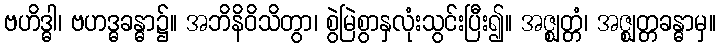
ဗဟိဒ္ဓါ၊ ဗဟဒ္ဓခန္ဓာ၌။ အဘိနိဝိသိတွာ၊ စွဲမြဲစွာနှလုံးသွင်းပြီး၍။ အဇ္ဈတ္တံ၊ အဇ္ဈတ္တခန္ဓာမှ။